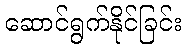
ဆောင်ရွက်နိုင်ခြင်း